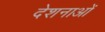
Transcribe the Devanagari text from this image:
देशनाओं